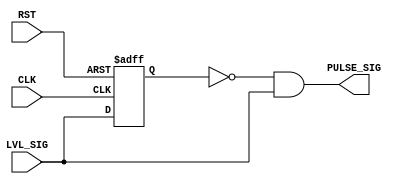
module PULSE_GEN  (
  input   wire  CLK       ,   // Clock Signal 
  input   wire  RST       ,   // Active Low Reset
  input   wire  LVL_SIG   ,   // Level signal
  output  wire  PULSE_SIG );  // Pulse signal
  
  // register declaration
  reg DFF;
  
  // shifting the input
  always @(posedge CLK or negedge RST)
  begin
    if(!RST)
      DFF <= 1'b0;
    else
      DFF <= LVL_SIG;
  end
  
  // pulse generation
  assign PULSE_SIG = (~DFF) & LVL_SIG;
  
endmodule